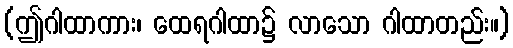
(ဤဂါထာကား၊ ထေရဂါထာ၌ လာသော ဂါထာတည်း။)